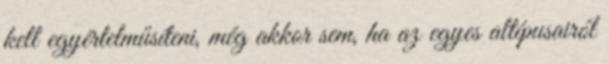
kell egyértelműsíteni, még akkor sem, ha az egyes altípusairól